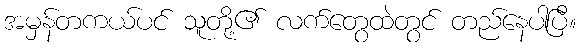
အမှန်တကယ်ပင် သူတို့၏ လက်တွေထဲတွင် တည်နေပါပြီ။